King Institute of Preventive Medicine Micro-Biological Section reports 1912-19
Year: 1912
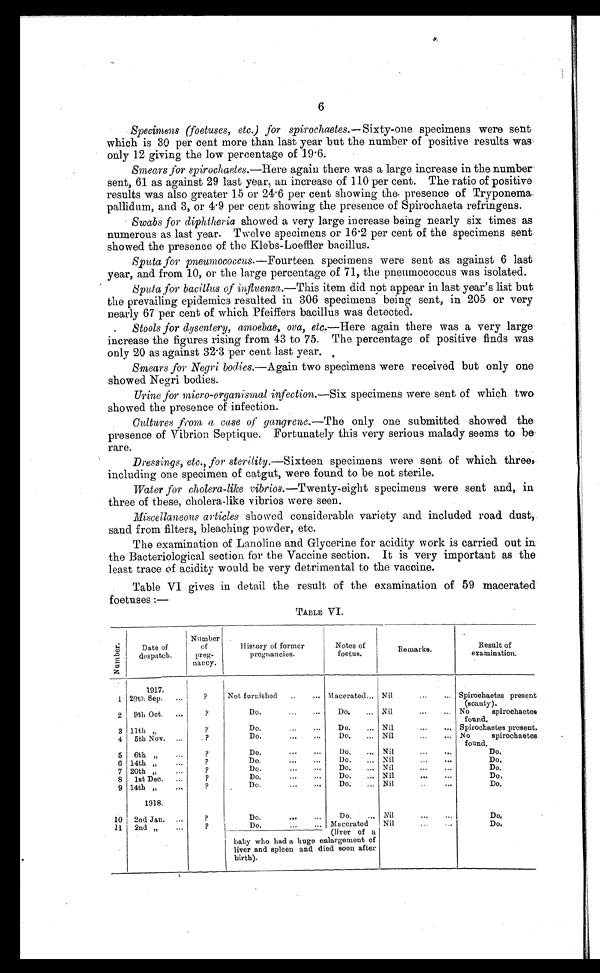
6
Specimens (foetuses, etc.) for spirochaetes .— Sixty-one specimens were sent
which is 30 per cent more than last year but the number of positive results wa
s o n l y 1 2 g i v i n g t h e l o w p e r c e n t a g e o f 1 9 . 6 .
Smears for spirochaetes .—Here again there was a large increase in the number
sent, 61 as against 29 last year, an increase of 110 per cent. The ratio of positive
results was also greater 1.5 or 24.6 per cent showing the presence of Tryponema
pallidum, and 3, or 4.9 per cent showing the presence of Spirochaeta refringens.
Swabs for diphtheria showed a very large increase being nearly six times as
numerous as last year. Twelve specimens or 16.2 per cent of the specimens sent
showed the presence of the Klebs-Loeffler bacillus.
Sputa for pneumococcus .—Fourteen specimens were sent as against 6 last
year, and from 10, or the large percentage of 71, the pneumococcus was isolated.
Sputa for bacillus of infuenza. —This item did not appear in last year's list but
the prevailing epidemics resulted in 306 specimens being sent, in 205 or very
nearly 67 per cent of which Pfeiffers bacillus was detected.
Stools for dysentery, amoebae, ova, etc .—Here again there was a very larg
e i n c r e a s e t h e f i g u r e s r i s i n g f r o m 4 3 t o 7 5 . T h e p e r c e n t a g e o f p o s i t i v e f i n d s w a s
only 20 as against 32.3 per cent last year.
Smears for Negri bodies.—Again two specimens were received but only one
showed Negri bodies.
Urine for micro-organismal infection.—Six specimens were sent of which two
showed the presence of infection.
Cultures from a case of gangrene.—The only one submitted showed the
presence of Vibrion Septique. Fortunately this very serious malady seems to be
rare.
Dressings, etc., for sterility .—Sixteen specimens were sent of which three,
including one specimen of catgut, were found to be not sterile.
Water for cholera-like vibrios.—Twenty–eight specimens were sent and, in
three of these, cholera-like vibrios were seen.
Miscellaneous articles showed considerable variety and included road dust,
sand from filters, bleaching powder, etc.
The examination of Lanoline and Glycerine for acidity work is carried out in
the Bacteriological section for the Vaccine section. It is very important as the
least trace of acidity would be very detrimental to the vaccine.
Table VI gives in detail the result of the examination of 59 macerated
foetuses:—
TABLE VI.
N u m b e r .
Date of
despatch.
Number
of
preg
-nancy.
History of former
pregnancies.
Notes of
foetus.
Remarks.
Result of
examination.
1917.
1 29th Sep. ...
?
Not furnished ..
... Macerated,.. Nil
...
...
Spirochaetes present
(scanty).
2 9th Oct. ...
?
D o .
. . .
. . ,
Do. ... Nil
...
...
No
spirochaetes
found.
3 11th „
?
D o .
. . .
. . , Do. ... Nil
...
...
Spirochaetes present.
4 5th Nov. ...
?
Do.
...
...
Do. .., Nil
...
...
No
spirochaetes.
found.
5 6th
„
?
D o .
. . .
. . , Do. . . , Nil
...
...
Do.
6 14th
„ . . .
?
Do. . . .
. . . Do. _ Nil
...
...
Do.
7 20th
„ . . .
?
Do.
...
...
Do. ... Nil
...
...
Do.
8 1st Dec. . . .
?
Do.
...
...
Do.
. . . Nil
...
...
Do.
9 14th
„
1918.
?
Do.
D o .
Nil
...
...
Do..
10 2nd Jan. ...
?
Do. . . .
. . . Do. . . .
N i l
. . .
. . .
Do.
11 2nd
„ . . .
?
Do. . . .
. .
.
Macerated
(liver of a
baby who had a huge enlargement of
liver and spleen and died soon after
birth).
Nil
...
...
Do.